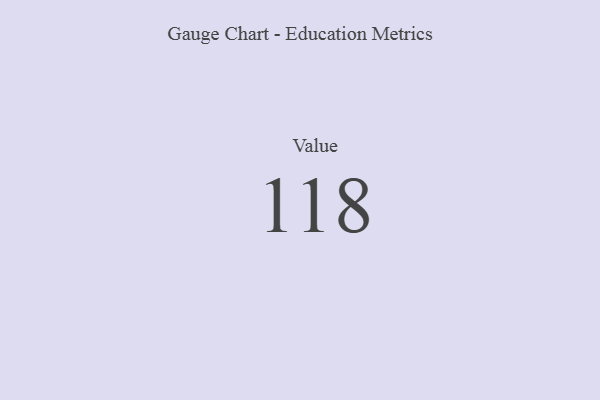
{"axis": {"x": "Metric", "y": "Value"}, "legend": [""], "data": [{"x": "Value", "y": 118, "type": ""}]}